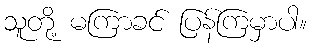
သူတို့ မကြာခင် ပြန်ကြမှာပါ။